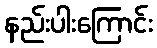
နည်းပါးကြောင်း